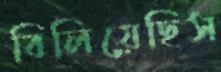
বিলিয়েছিস